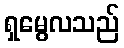
ရှမွေလသည်